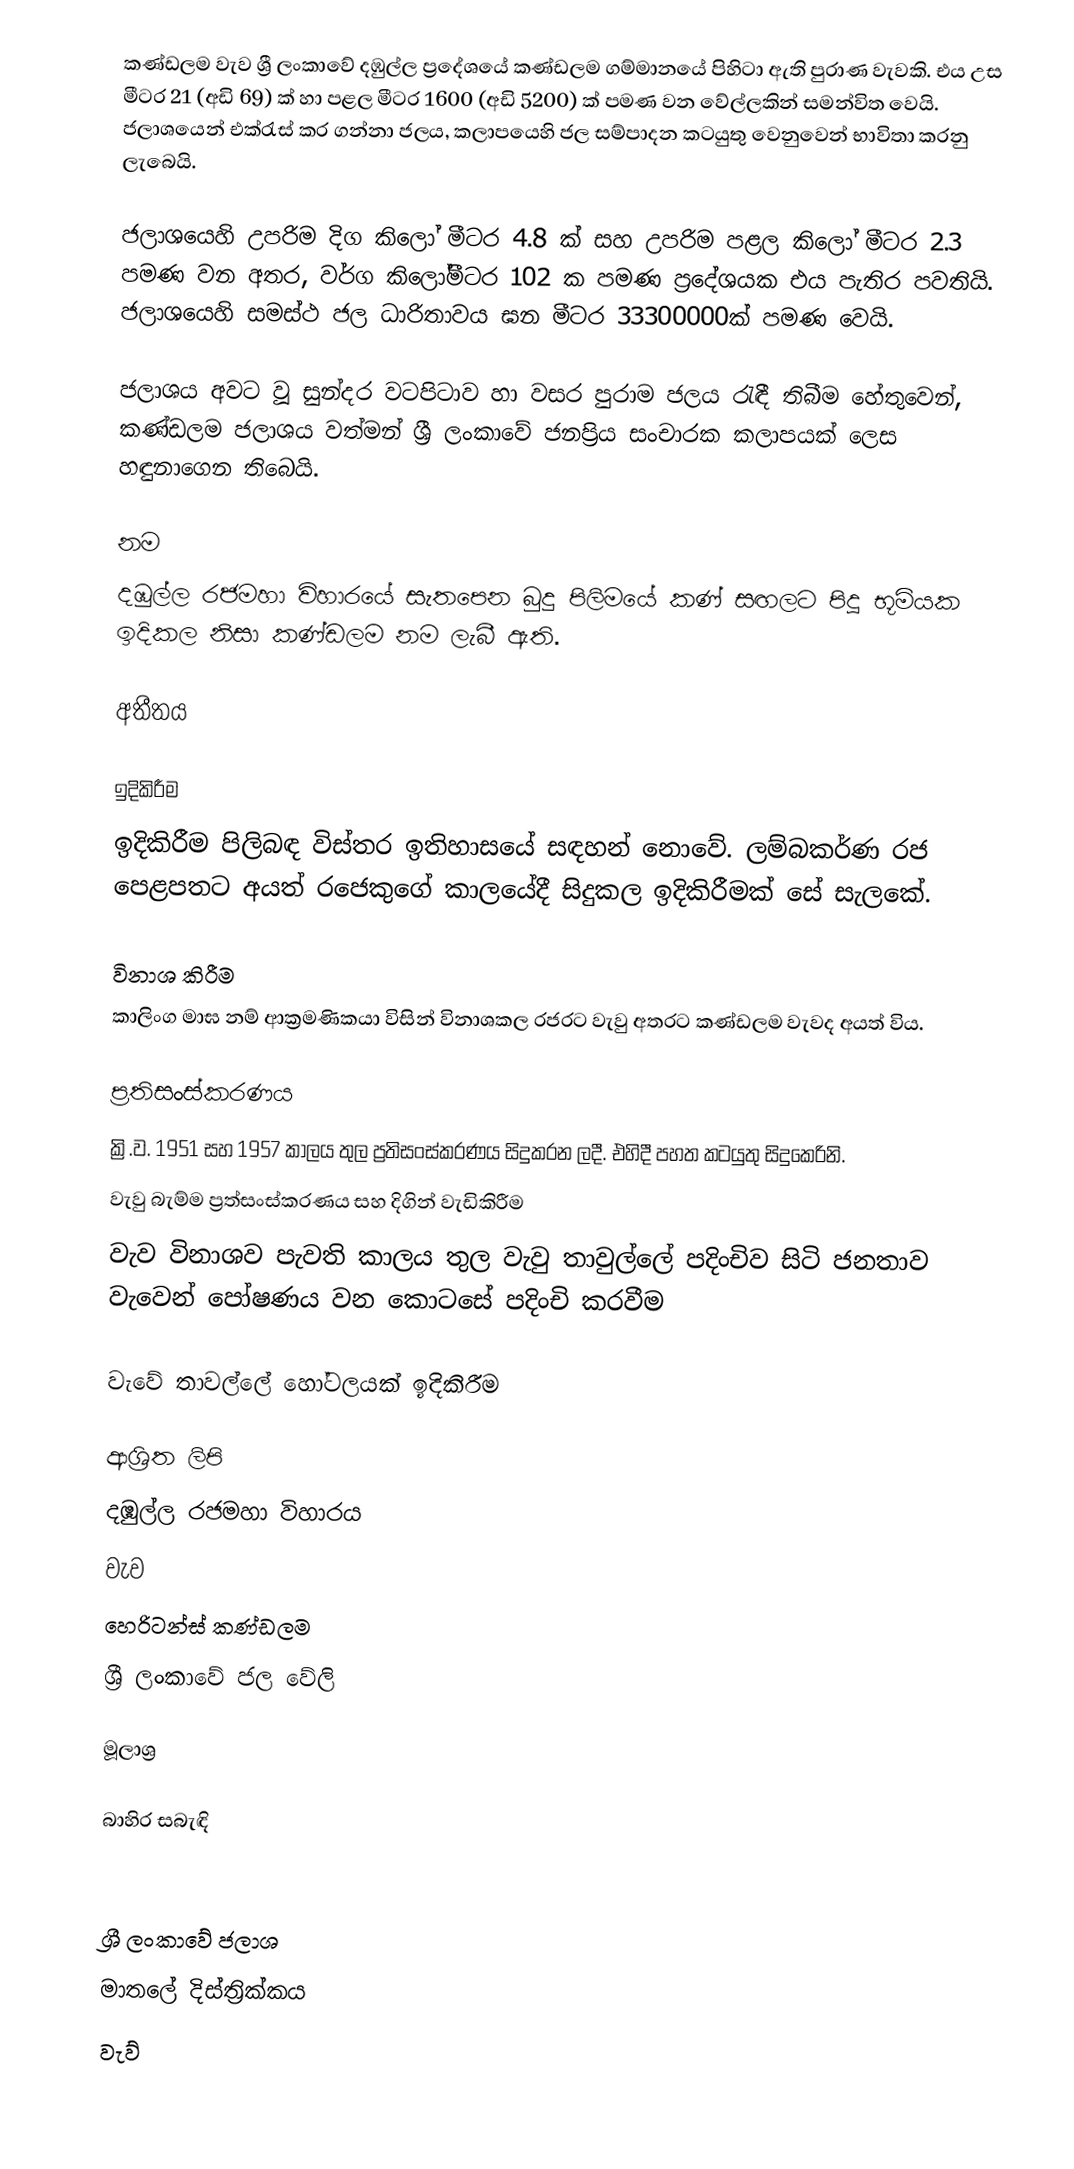
කණ්ඩලම වැව ශ්‍රී ලංකාවේ දඹුල්ල ප්‍රදේශයේ කණ්ඩලම ගම්මානයේ පිහිටා ඇති පුරාණ වැවකි. එය උස මීටර 21 (අඩි 69) ක් හා පළල මීටර 1600 (අඩි 5200) ක් පමණ වන වේල්ලකින් සමන්විත වෙයි. ජලාශයෙන් එක්රැස් කර ගන්නා ජලය, කලාපයෙහි ජල සම්පාදන කටයුතු වෙනුවෙන් භාවිතා කරනු ලැබෙයි.

ජලාශයෙහි උපරිම දිග කිලෝ මීටර 4.8 ක් සහ උපරිම පළල කිලෝ මීටර 2.3 පමණ වන අතර, වර්ග කිලෝමීටර 102 ක පමණ ප්‍රදේශයක එය පැතිර පවතියි. ජලාශයෙහි සමස්ථ ජල ධාරිතාවය ඝන මීටර 33300000ක් පමණ වෙයි.

ජලාශය අවට වූ සුන්දර වටපිටාව හා වසර පුරාම ජලය රැඳී තිබීම හේතුවෙන්, කණ්ඩලම ජලාශය වත්මන් ශ්‍රී ලංකාවේ ජනප්‍රිය සංචාරක කලාපයක් ලෙස හඳුනාගෙන තිබෙයි.

නම
දඹුල්ල රජමහා විහාරයේ සැතපෙන බුදු පිලිමයේ කණ් සඟලට පිදූ භූමියක ඉදිකල නිසා කණ්ඩලම නම ලැබී ඇති.

අතීතය

ඉදිකිරීම
ඉදිකිරීම පිලිබඳ විස්තර ඉතිහාසයේ සඳහන් ‍නොවේ. ලම්බකර්ණ රජ පෙළපතට අයත් රජෙකුගේ කාලයේදී සිදුකල ඉදිකිරීමක් සේ සැලකේ.

විනාශ කිරීම
කාලිංග මාඝ නම් ආක්‍රමණිකයා විසින් විනාශකල රජරට වැවු අතරට කණ්ඩලම වැවද අයත් විය.

ප්‍රතිසංස්කරණය
ක්‍රි.ව. 1951 සහ 1957 කාලය තුල ප්‍රතිසංස්කරණය සිදුකරන ලදී. එහිදී පහත කටයුතු සිදුකෙරිනි.
 වැවු බැම්ම ප්‍රත්සංස්කරණය සහ දිගින් වැඩිකිරීම
 වැව විනාශව පැවති කාලය තුල වැවු තාවුල්ලේ පදිංචිව සිටි ජනතාව වැවෙන් පෝෂණය වන කොටසේ පදිංචි කරවීම

වැවේ තාවල්ලේ හෝටලයක් ඉදිකිරීම

ආශ්‍රිත ලිපි
 දඹුල්ල රජමහා විහාරය
 වැව
 හෙරිටන්ස් කණ්ඩලම
 ශ්‍රී ලංකාවේ ජල වේලි

මූලාශ්‍ර

බාහිර සබැඳි

ශ්‍රී ලංකාවේ ජලාශ
මාතලේ දිස්ත්‍රික්කය
වැව්